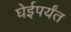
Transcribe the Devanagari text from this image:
घेईपर्यंत